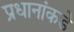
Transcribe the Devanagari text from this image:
प्रधानांकडे